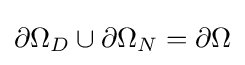
\partial \Omega _{D}\cup \partial \Omega _{N}=\partial \Omega